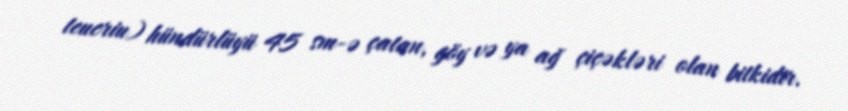
teucriu) hündürlüyü 45 sm-ə çatan, göy və ya ağ çiçəkləri olan bitkidir.